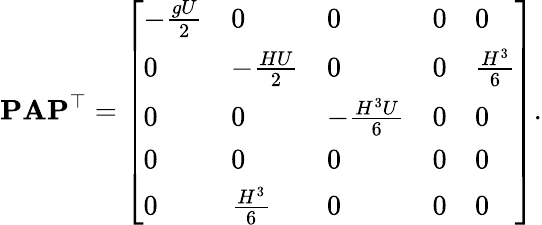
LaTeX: \mathbf{P}\mathbf{A}\mathbf{P}^{\top}=\left[\begin{array}{lllll}{-\frac{gU}{2}}&{0}&{0}&{0}&{0}\\ {0}&{-\frac{HU}{2}}&{0}&{0}&{\frac{H^{3}}{6}}\\ {0}&{0}&{-\frac{H^{3}U}{6}}&{0}&{0}\\ {0}&{0}&{0}&{0}&{0}\\ {0}&{\frac{H^{3}}{6}}&{0}&{0}&{0}\end{array}\right].